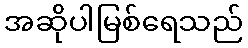
အဆိုပါမြစ်ရေသည်